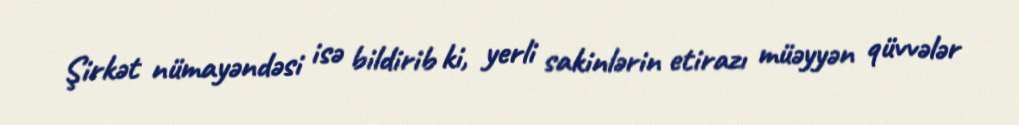
Şirkət nümayəndəsi isə bildirib ki, yerli sakinlərin etirazı müəyyən qüvvələr